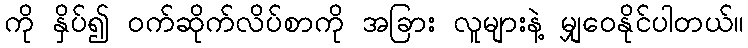
ကို နှိပ်၍ ဝက်ဆိုက်လိပ်စာကို အခြား လူများနဲ့ မျှဝေနိုင်ပါတယ်။